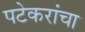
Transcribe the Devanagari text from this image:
पटेकरांचा